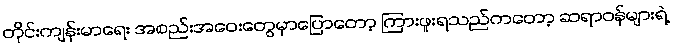
တိုင်းကျန်းမာရေး အစည်းအဝေးတွေမှာပြောတော့ ကြားဖူးရသည်ကတော့ ဆရာဝန်များရဲ့